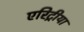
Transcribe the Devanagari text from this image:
एरिट्रीया